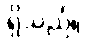
ရှိသည်။